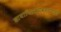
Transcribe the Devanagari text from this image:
छायाचित्रव्यवसायाला